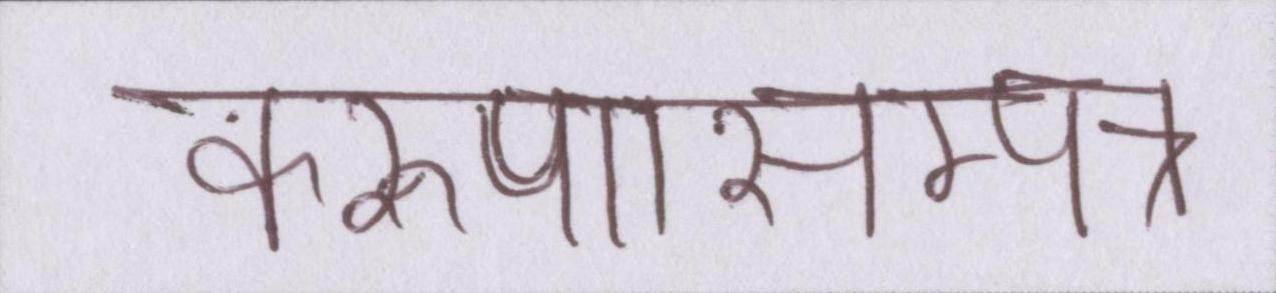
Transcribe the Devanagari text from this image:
करुणासम्पन्न